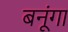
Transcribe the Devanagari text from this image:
बनूंगा